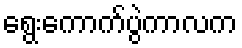
ရွေးကောက်ပွဲကာလက